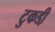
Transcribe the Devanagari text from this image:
टुकडी़